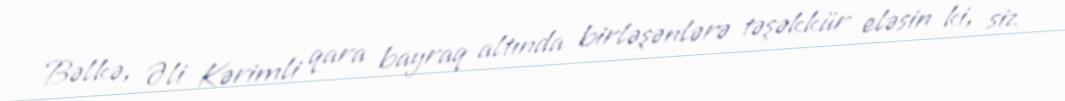
Bəlkə, Əli Kərimli qara bayraq altında birləşənlərə təşəkkür eləsin ki, siz